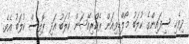
ދިވެހި ސިފައިންގެ ކުލަބު މޯލްޑިވިއަން ރެކްރިއޭޝަން ކުލަބު އަދި ޕޮލިސް ކުލަބު އެވެ.